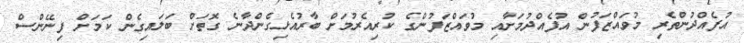
އުފެއްދުންތެރި މުވައްޒަފުން އުފެއްދުމަށާއި މުވައްޒަފުންގެ ކުރިއެރުމަށް ބާރުއެޅިގެންދާނެ ގޮތަށް ބަލައިގެން ކަމަށް ފިނޭންސް